Regulations for the medical services of the Army of India
Year: 1930
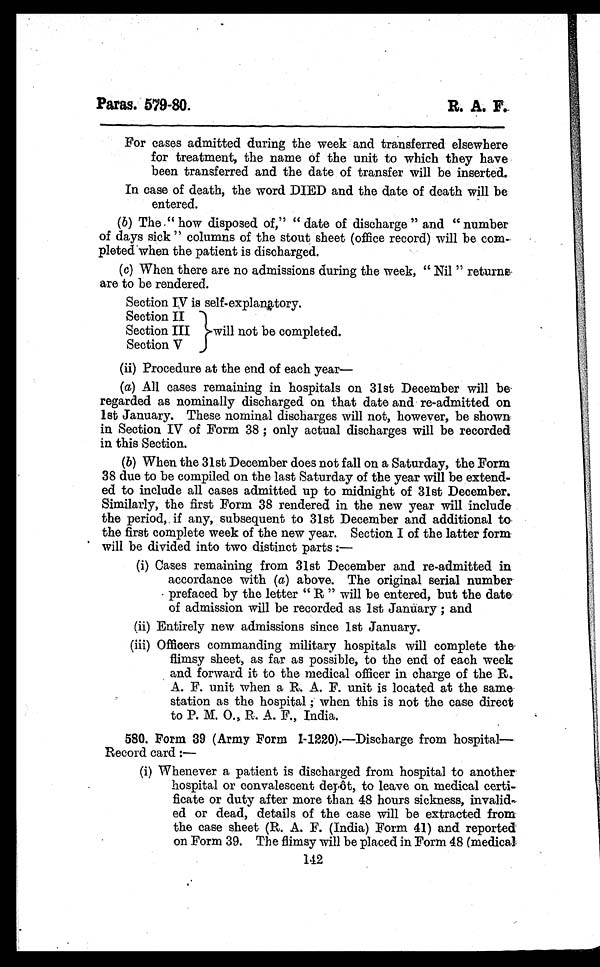
Paras. 579-80.
R. A. P.
For cases admitted during the week and transferred elsewhere
for treatment, the name of the unit to which they have
been transferred and the date of transfer will be inserted.
In case of death, the word DIED and the date of death will be
entered.
(b) The " how disposed of, " " date of discharge " and " number
of days sick " columns of the stout sheet (office record) will be com-
pleted when the patient is discharged.
(c) When there are no admissions during the week, " Nil " returns
are to be rendered.
Section IV is self-explanatory.
Section II
Section III
Section V
will not be completed.
(ii) Procedure at the end of each year—
(a) All cases remaining in hospitals on 31st December will be
regarded as nominally discharged on that date and re-admitted on
1st January. These nominal discharges will not, however, be shown
in Section IV of Form 38 ; only actual discharges will be recorded
in this Section.
(b) When the 31st December does not fall on a Saturday, the Form
38 due to be compiled on the last Saturday of the year will be extend-
ed to include all cases admitted up to midnight of 31st December.
Similarly, the first Form 38 rendered in the new year will include
the period, if any, subsequent to 31st December and additional to
the first complete week of the new year. Section I of the latter form
will be divided into two distinct parts :—
(i) Cases remaining from 31st December and re-admitted in
accordance with ( a) above. The original serial number
prefaced by the letter " R " will be entered, but the date
of admission will be recorded as 1st Janüary ; and
(ii) Entirely new admissions since 1st January.
(iii) Officers commanding military hospitals will complete the
flimsy sheet, as far as possible, to the end of each week
and forward it to the medical officer in charge of the R.
A. F. unit when a R. A. F. unit is located at the same
station as the hospital ; when this is not the case direct
to P. M. O., R. A. F., India.
580. Form 39 (Army Form 1-1220).—Discharge from hospital—
Record card :—
(i) Whenever a patient is discharged from hospital to another
hospital or convalescent depôt, to leave on medical certi-
ficate or duty after more than 48 hours sickness, invalid
-
ed or dead, details of the case will be extracted from
the case sheet (R. A. F. (India) Form 41) and reported
on Form 39. The flimsy will be placed in Form 48 (medical.
142